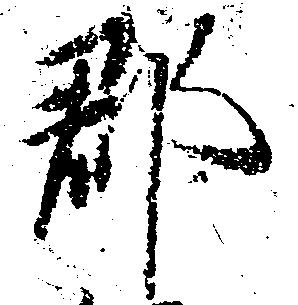
郡